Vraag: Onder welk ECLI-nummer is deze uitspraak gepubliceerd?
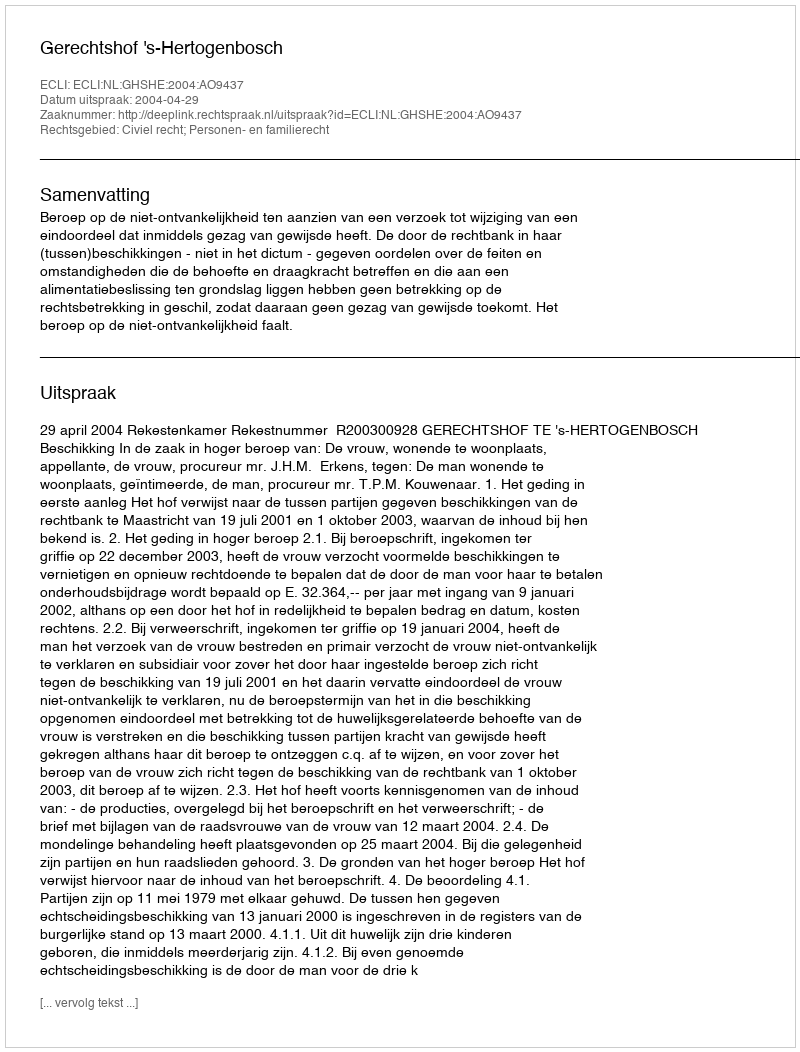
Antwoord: ECLI:NL:GHSHE:2004:AO9437